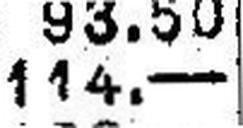
114.—